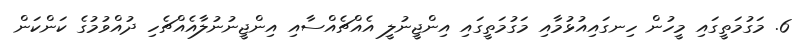
6. މަގުމަތީގައި މީހުން ހިނގައިއުޅުމާއި މަގުމަތީގައި އިންޖީނުލީ އެއްޗެއްސާއި އިންޖީނުނުލާއެއްޗެހި ދުއްވުމުގެ ކަންކަން